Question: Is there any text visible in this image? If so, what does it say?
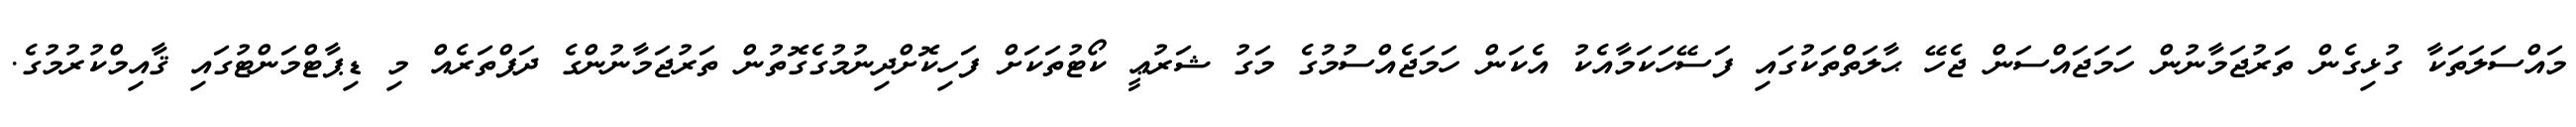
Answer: މައްސަލަތަކާ ގުޅިގެން ތަރުޖަމާނުން ހަމަޖައްސަން ޖެހޭ ޙާލަތްތަކުގައި ފަސޭހަކަމާއެކު އެކަން ހަމަޖެއްސުމުގެ މަގު ޝަރުޢީ ކޯޓުތަކަށް ފަހިކޮށްދިނުމުގެގޮތުން ތަރުޖަމާނުންގެ ދަފްތަރެއް މި ޑިޕާޓްމަންޓުގައި ޤާއިމްކުރުމުގެ.